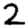
Digit: 2